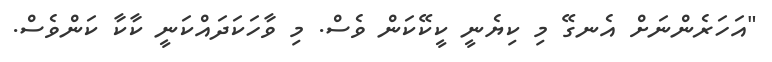
"އަހަރެންނަށް އެނގޭ މި ކިޔެނީ ކީކޭކަން ވެސް. މި ވާހަކަދައްކަނީ ކާކާ ކަންވެސް.